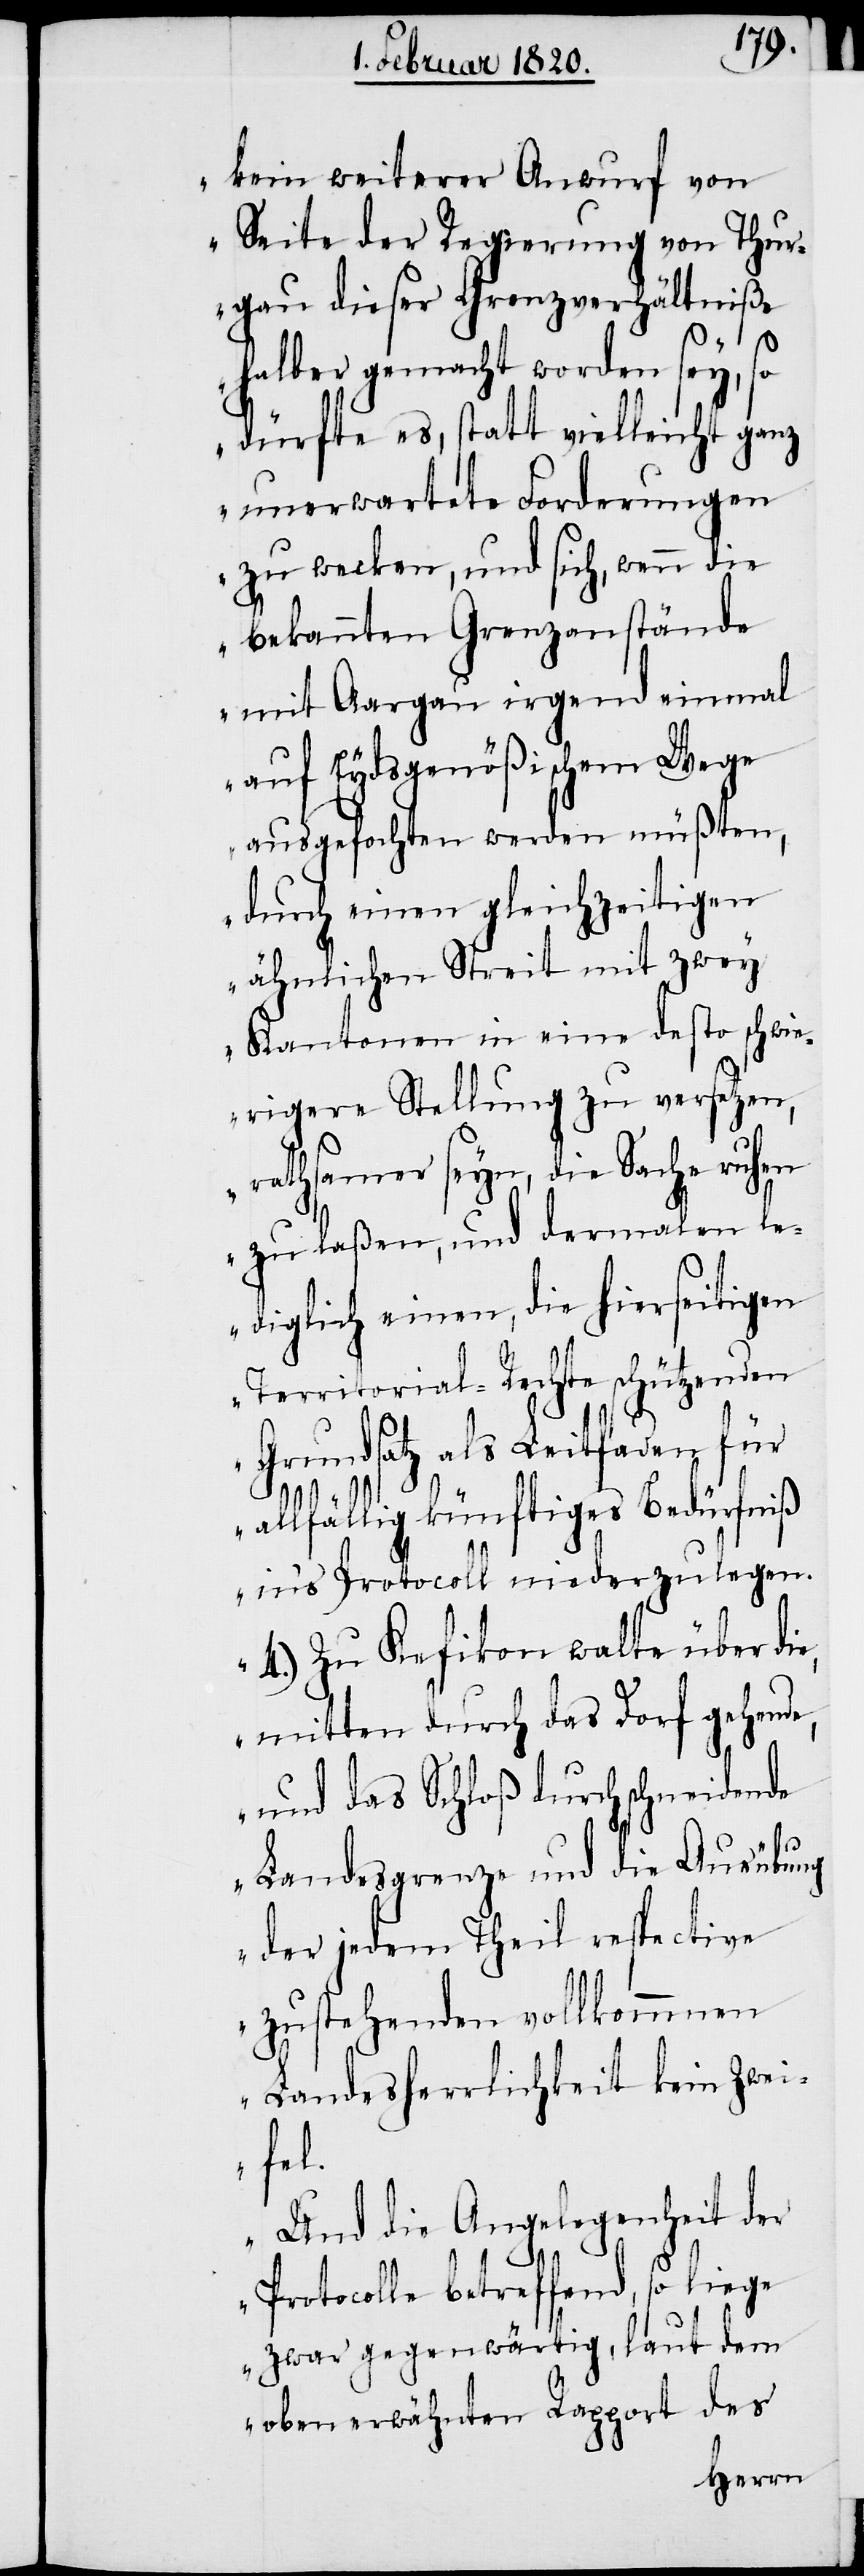
kein weiterer Anwurf von
Seite der Regierung von Thur¬
gau dieser Grenzverhältniße
halber gemacht worden sey, so
dürfte es, statt vielleicht ganz
unerwartete Forderungen
zu wecken, und sich, wenn die
bekannten Grenzanstände
mit Aargau irgend einmal
auf Eydsgenößischem Wege
ausgefochten werden müßten,
durch einen gleichzeitigen
ähnlichen Streit mit zwey
Kantonen in eine desto schwie¬
rigere Stellung zu versetzen,
rathsamer seyn, die Sache ruhen
zu laßen, und dermalen le¬
diglich einen, die hierseitigen
Territorial-Rechte schützenden
Grundsatz als Leitfaden für
allfällig künftiges Bedürfniß
in’s Protocoll niederzulegen.
4.) Zu Kefikon walte über di¬
mitten durch das Dorf gehende,
und das Schloß durchschneidende
Landesgrenze und die Ausübung
der jedem Theil respective
zustehenden vollkommnen
Landesherrlichkeit kein Zwei¬
fel.
Und die Angelegenheit der
e,
Protocolle betreffend, so liege
zwar gegenwärtig, laut dem
oben erwähnten Rapport des